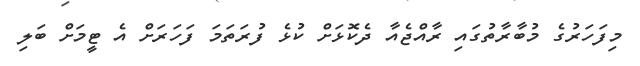
މިފަހަރުގެ މުބާރާތުގައި ރާއްޖެއާ ދެކޮޅަށް ކުޅެ ފުރަތަމަ ފަހަރަށް އެ ޓީމަށް ބަލި